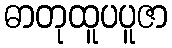
ဓာတုထူပပူဇာ